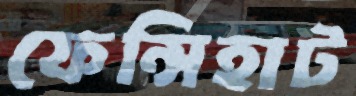
ফেন্সিহাট